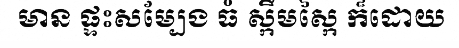
មាន ផ្ទះសម្បែង ធំ ស្កឹមស្កៃ ក៏ដោយ